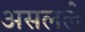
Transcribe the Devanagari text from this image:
असलले